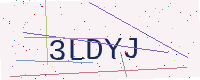
Text: 3LDYJ